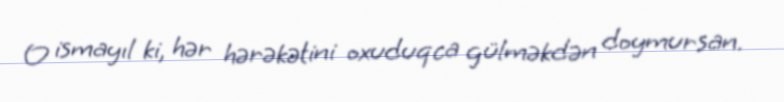
O ismayıl ki, hər hərəkətini oxuduqca gülməkdən doymursan.